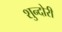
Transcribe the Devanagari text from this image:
शुन्दोरी